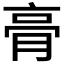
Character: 𮌔